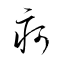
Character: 疴